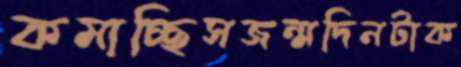
কমাচ্ছিসজন্মদিনটাক